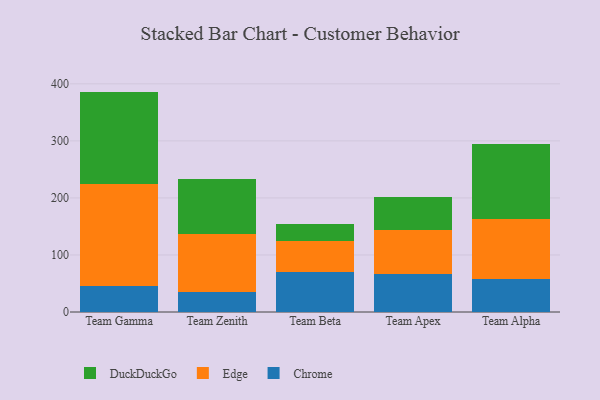
{"axis": {"x": "Team", "y": "Net Income (USD K)"}, "legend": ["Chrome", "DuckDuckGo", "Edge"], "data": [{"x": "Team Gamma", "y": 44.9, "type": "Chrome"}, {"x": "Team Gamma", "y": 179.4, "type": "Edge"}, {"x": "Team Gamma", "y": 162.1, "type": "DuckDuckGo"}, {"x": "Team Zenith", "y": 34.4, "type": "Chrome"}, {"x": "Team Zenith", "y": 102.3, "type": "Edge"}, {"x": "Team Zenith", "y": 97.0, "type": "DuckDuckGo"}, {"x": "Team Beta", "y": 69.3, "type": "Chrome"}, {"x": "Team Beta", "y": 54.9, "type": "Edge"}, {"x": "Team Beta", "y": 29.9, "type": "DuckDuckGo"}, {"x": "Team Apex", "y": 67.1, "type": "Chrome"}, {"x": "Team Apex", "y": 75.8, "type": "Edge"}, {"x": "Team Apex", "y": 58.7, "type": "DuckDuckGo"}, {"x": "Team Alpha", "y": 57.8, "type": "Chrome"}, {"x": "Team Alpha", "y": 105.7, "type": "Edge"}, {"x": "Team Alpha", "y": 131.1, "type": "DuckDuckGo"}]}